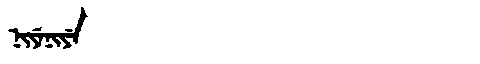
Manchu: ᠨᡳᠶᡝᠨᡳᠶᡝ
Romanization: NIYENIYE